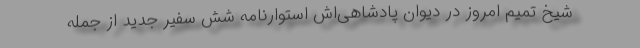
شیخ تمیم امروز در دیوان پادشاهی‌اش استوارنامه شش سفیر جدید از جمله